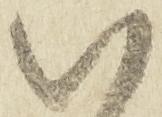
八